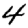
Digit: 4